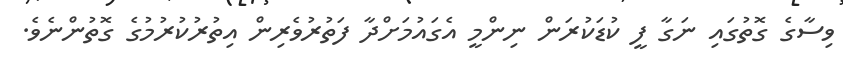
ވިސާގެ ގޮތުގައި ނަގާ ފީ ކުޑަކުރަން ނިންމީ އެގައުމަށްދާ ފަތުރުވެރިން އިތުރުކުރުމުގެ ގޮތުންނެވެ.